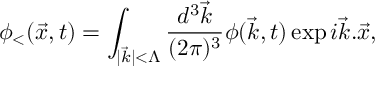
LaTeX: \phi _ { < } ( \vec { x } , t ) = \int _ { \vert \vec { k } \vert < \Lambda } { \frac { d ^ { 3 } \vec { k } } { ( 2 \pi ) ^ { 3 } } } \phi ( \vec { k } , t ) \exp { i \vec { k } . \vec { x } } ,